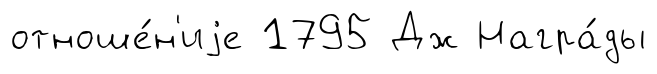
отноше́н'иjе 1795 Дж Награ́ды